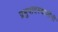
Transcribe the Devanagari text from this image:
प्रभुपादस्वामींनी